Leaving Certificate, 1899
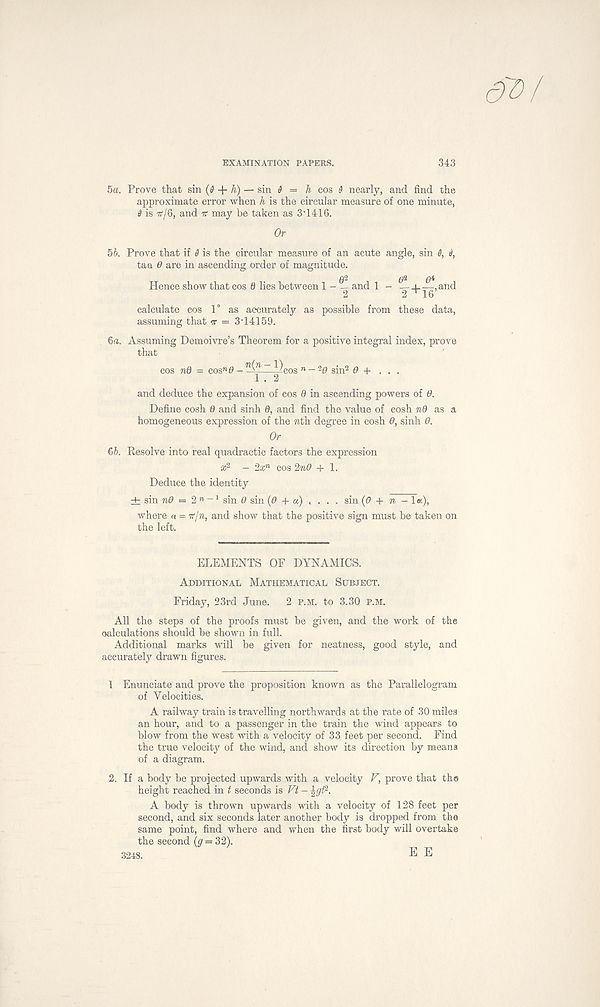
EXAMINATION PAPERS.
343
5a. Prove that sin (0 + k) — sin 0 = h cos d nearly, and find the
approximate error when h is the circular measure of one minute,
0 is 71-/6, and k may be taken as 3'1416.
Or
5b. Prove that if 0 is the circular measure of an acute angle, sin 0, 0,
tan 6 are in ascending order of magnitude.
Hence show that cos 0 lies between 1 - — and 1 - — _l—,and
2
2 ‘16
calculate cos 1° as accurately as possible from these data,
assuming that it — 3’14159.
ба. Assuming Demoivre’s Theorem for a positive integral index, prove
that
cos nd = cos n 0 - ^)cos n - 2 0 sin 2 0 + . . .
and deduce the expansion of cos 0 in ascending powers of 0.
Define cosh 0 and sinh 0, and find the value of cosh nQ as a
homogeneous expression of the nth degree in cosh 6, sinh 6.
Or
бб. Resolve into real quadractic factors the expression
x 2 - 2cc n cos 2n0 + 1.
Deduce the identity
dr sin n.0 = 2 n - 1 sin 0 sin (0 + a) , . . . sin (0 + n - la),
where a = ir/n, and show that the positive sign must be taken on
the left.
ELEMENTS OF DYNAMICS.
Additional Mathematical Subject.
Friday, 23rd June. 2 P.M. to 3.30 P.M.
All the steps of the proofs must be given, and the work of the
calculations should be shown in full.
Additional marks will be given for neatness, good style, and
accurately drawn figures.
1 Enunciate and prove the proposition known as the Parallelogram
of Velocities.
A railway train is travelling northwards at the rate of 30 miles
an hour, and to a passenger in the train the wind appears to
blow from the west with a velocity of 33 feet per second. Find
the true velocity of the wind, and show its direction by means
of a diagram.
2. If a body be projected upwards with a velocity V, prove that the
height reached in t seconds is Vt - \gt 2 .
A body is thrown upwards with a velocity of 128 feet per
second, and six seconds later another body is dropped from the
same point, find where and when the first body will overtake
the second (g = 32).
3248.
E E